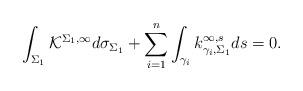
LaTeX: \begin{align*}\int_{\Sigma_1}\mathcal{K}^{\Sigma_1,\infty}d\sigma_{\Sigma_1}+\sum_{i=1}^n\int_{\gamma_i}k^{\infty,s}_{\gamma_i,\Sigma_1}d{s}=0.\end{align*}